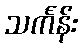
သင်္ကန်း